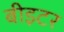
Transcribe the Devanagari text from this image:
बीइटर